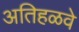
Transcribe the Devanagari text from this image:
अतिहळवे